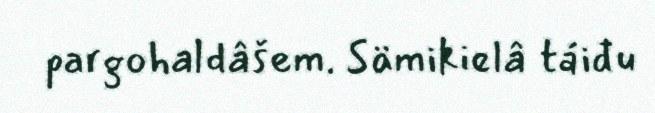
pargohaldâšem. Sämikielâ táiđu